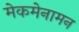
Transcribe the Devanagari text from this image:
मेकमेनामन